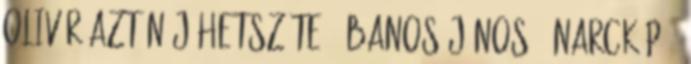
Olivér Aztán jöhetsz te 1 Banos János: Önarckép 1